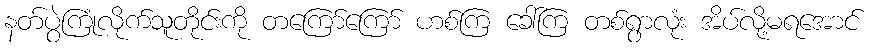
နတ်ပွဲကြုံလိုက်သူတိုင်းကို တကြော်ကြော် ဟစ်ကြ ခေါ်ကြ တစ်ရွာလုံး အိပ်လို့မရအောင်